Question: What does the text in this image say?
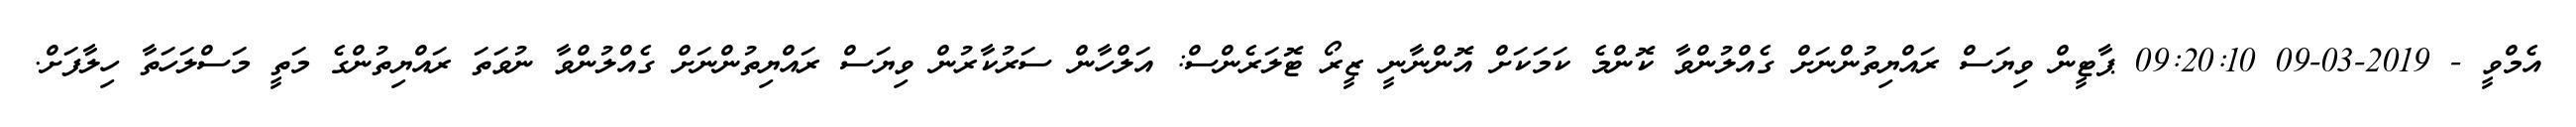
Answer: އެމްވީ - 2019-03-09 09:20:10 ޕާޓީން ވިޔަސް ރައްޔިތުންނަށް ގެއްލުންވާ ކޮންމެ ކަމަކަށް އޮންނާނީ ޒީރޯ ޓޮލަރެންސް: އަލްހާން ސަރުކާރުން ވިޔަސް ރައްޔިތުންނަށް ގެއްލުންވާ ނުވަތަ ރައްޔިތުންގެ މަތީ މަސްލަހަތާ ހިލާފަށް.